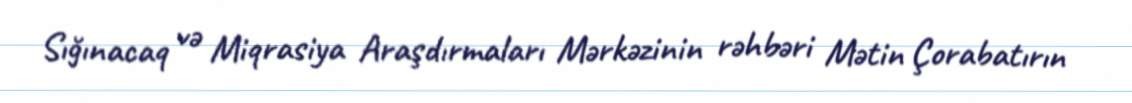
Sığınacaq və Miqrasiya Araşdırmaları Mərkəzinin rəhbəri Mətin Çorabatırın